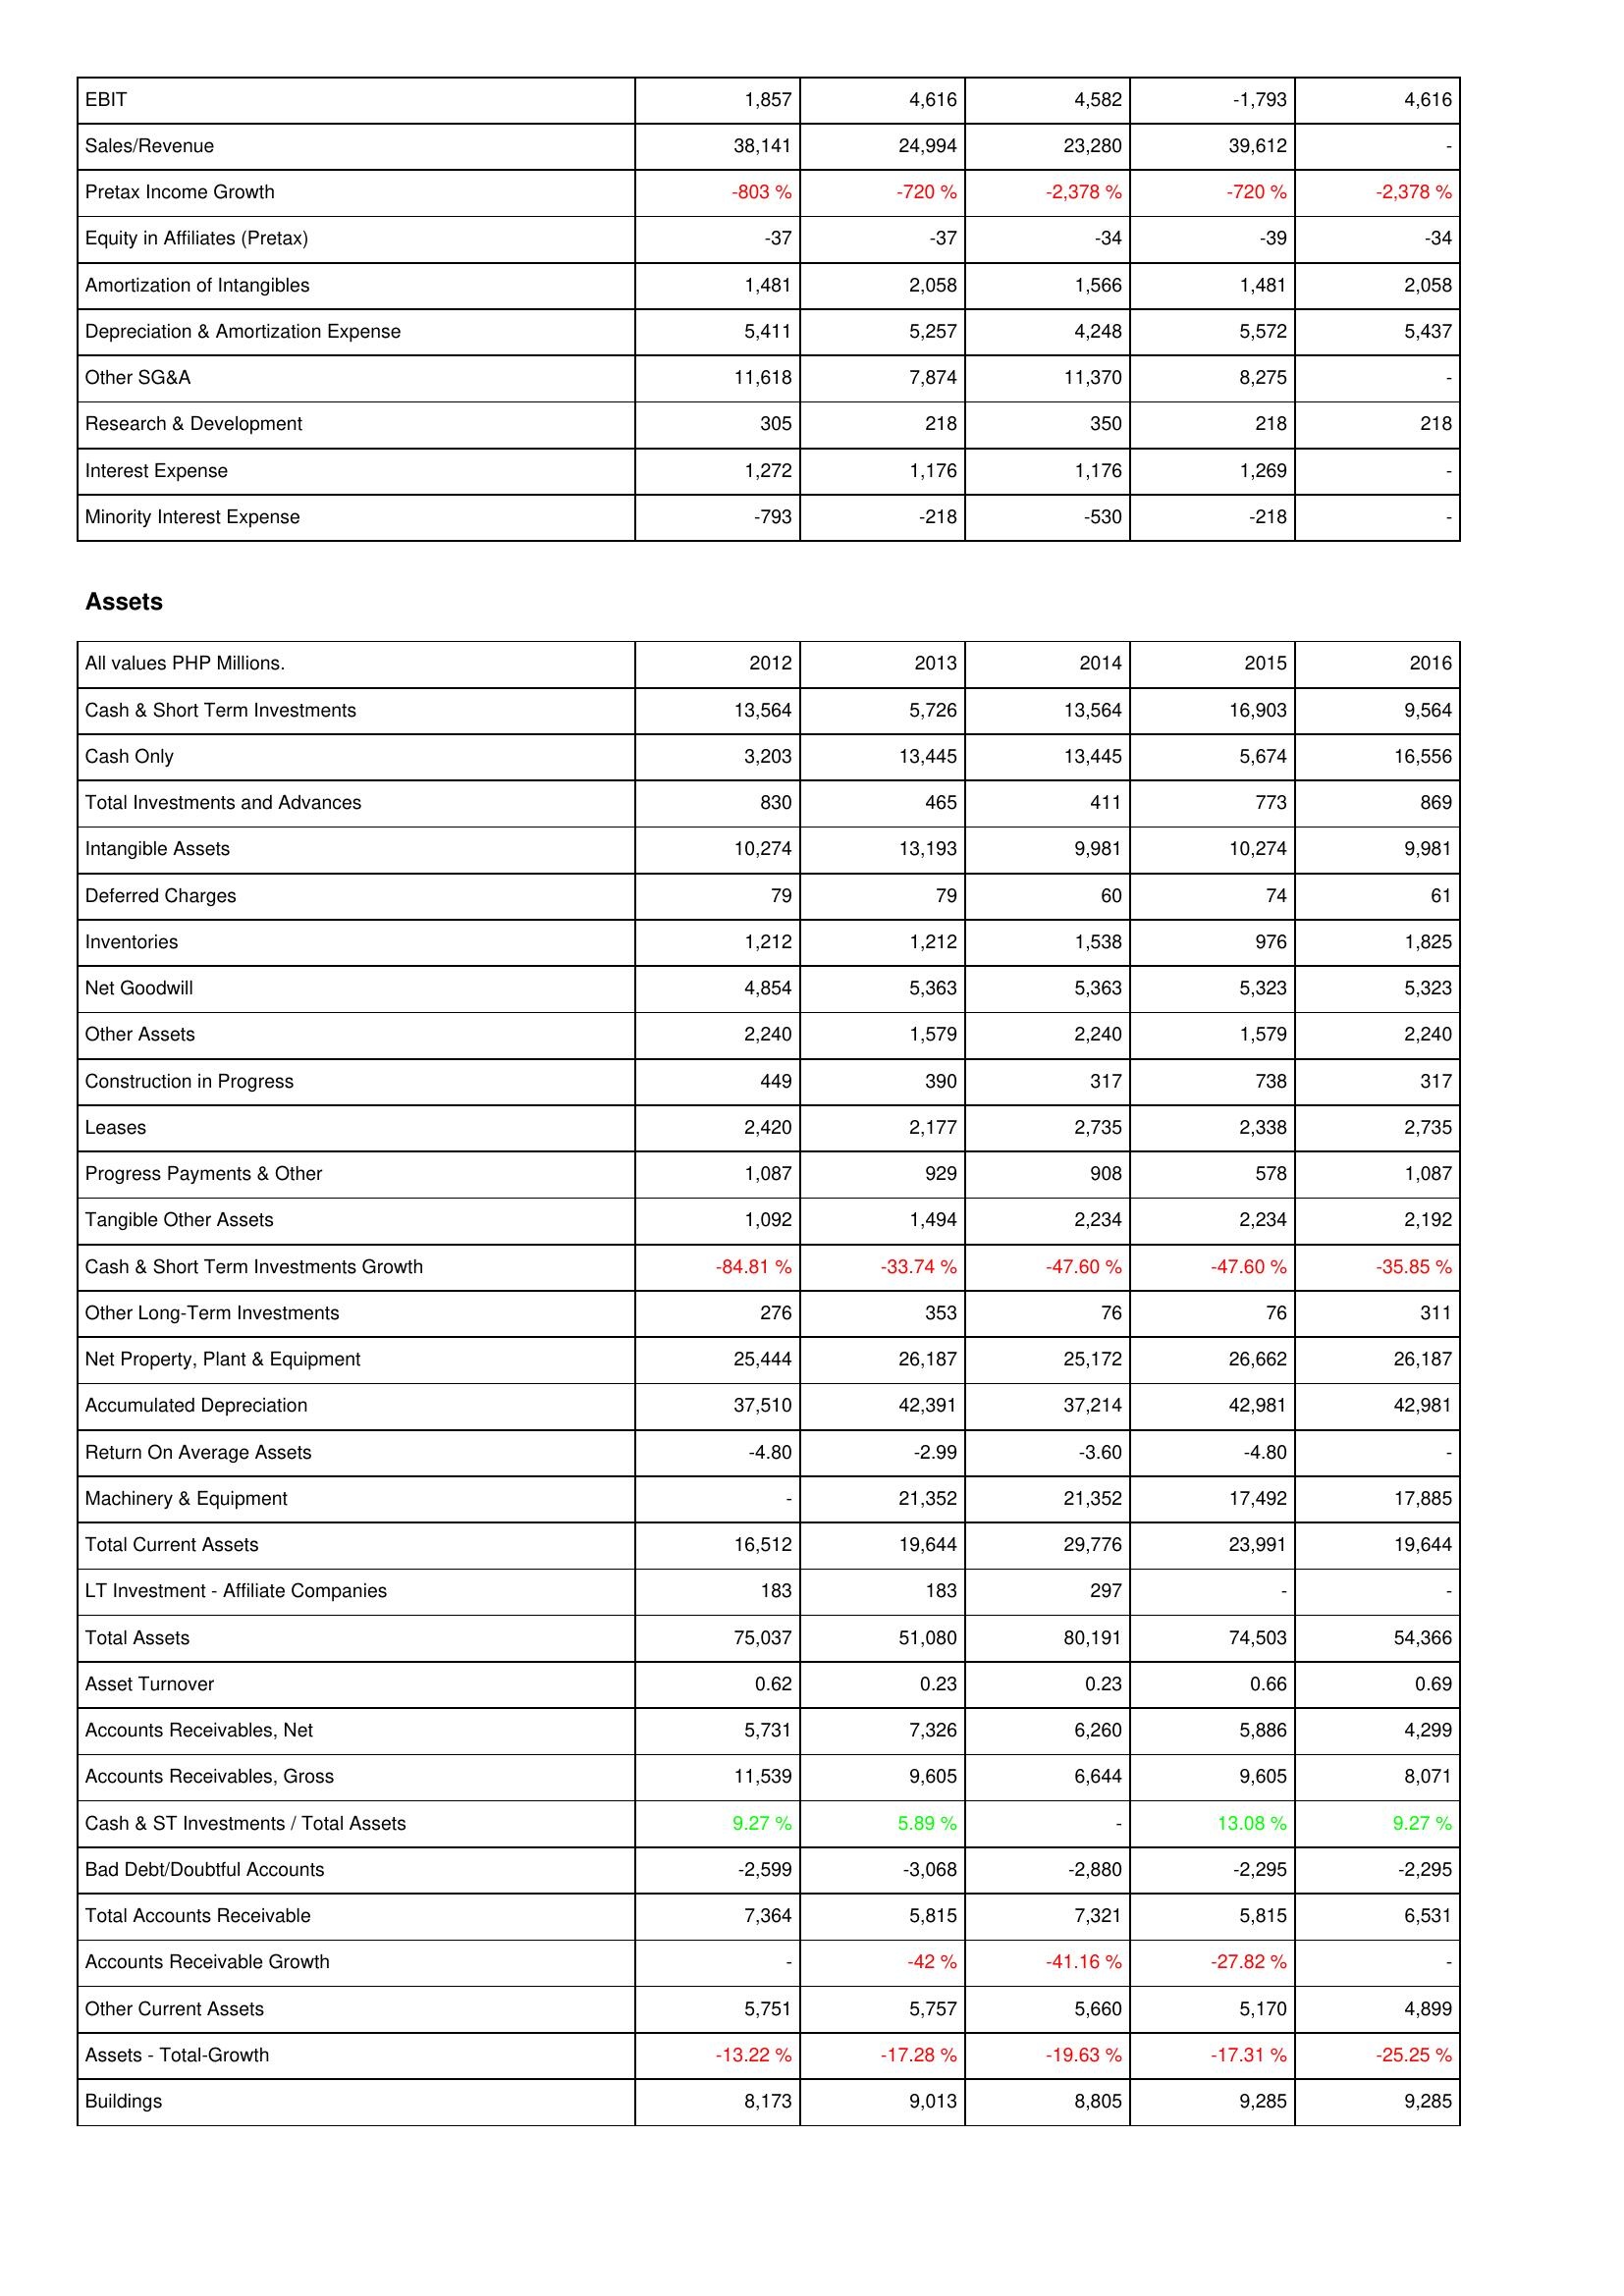
2012: Income Statement: EBIT: 1,857
Sales/Revenue: 38,141
Pretax Income Growth: -803 %
Equity in Affiliates (Pretax): -37
Amortization of Intangibles: 1,481
Depreciation & Amortization Expense: 5,411
Other SG&A: 11,618
Research & Development: 305
Interest Expense: 1,272
Minority Interest Expense: -793
Assets: Cash & Short Term Investments: 13,564
Cash Only: 3,203
Total Investments and Advances: 830
Intangible Assets: 10,274
Deferred Charges: 79
Inventories: 1,212
Net Goodwill: 4,854
Other Assets: 2,240
Construction in Progress: 449
Leases: 2,420
Progress Payments & Other: 1,087
Tangible Other Assets: 1,092
Cash & Short Term Investments Growth: -84.81 %
Other Long-Term Investments: 276
Net Property, Plant & Equipment: 25,444
Accumulated Depreciation: 37,510
Return On Average Assets: -4.80
Machinery & Equipment: -
Total Current Assets: 16,512
LT Investment - Affiliate Companies: 183
Total Assets: 75,037
Asset Turnover: 0.62
Accounts Receivables, Net: 5,731
Accounts Receivables, Gross: 11,539
Cash & ST Investments / Total Assets: 9.27 %
Bad Debt/Doubtful Accounts: -2,599
Total Accounts Receivable: 7,364
Accounts Receivable Growth: -
Other Current Assets: 5,751
Assets - Total-Growth: -13.22 %
Buildings: 8,173
2013: Income Statement: EBIT: 4,616
Sales/Revenue: 24,994
Pretax Income Growth: -720 %
Equity in Affiliates (Pretax): -37
Amortization of Intangibles: 2,058
Depreciation & Amortization Expense: 5,257
Other SG&A: 7,874
Research & Development: 218
Interest Expense: 1,176
Minority Interest Expense: -218
Assets: Cash & Short Term Investments: 5,726
Cash Only: 13,445
Total Investments and Advances: 465
Intangible Assets: 13,193
Deferred Charges: 79
Inventories: 1,212
Net Goodwill: 5,363
Other Assets: 1,579
Construction in Progress: 390
Leases: 2,177
Progress Payments & Other: 929
Tangible Other Assets: 1,494
Cash & Short Term Investments Growth: -33.74 %
Other Long-Term Investments: 353
Net Property, Plant & Equipment: 26,187
Accumulated Depreciation: 42,391
Return On Average Assets: -2.99
Machinery & Equipment: 21,352
Total Current Assets: 19,644
LT Investment - Affiliate Companies: 183
Total Assets: 51,080
Asset Turnover: 0.23
Accounts Receivables, Net: 7,326
Accounts Receivables, Gross: 9,605
Cash & ST Investments / Total Assets: 5.89 %
Bad Debt/Doubtful Accounts: -3,068
Total Accounts Receivable: 5,815
Accounts Receivable Growth: -42 %
Other Current Assets: 5,757
Assets - Total-Growth: -17.28 %
Buildings: 9,013
2014: Income Statement: EBIT: 4,582
Sales/Revenue: 23,280
Pretax Income Growth: -2,378 %
Equity in Affiliates (Pretax): -34
Amortization of Intangibles: 1,566
Depreciation & Amortization Expense: 4,248
Other SG&A: 11,370
Research & Development: 350
Interest Expense: 1,176
Minority Interest Expense: -530
Assets: Cash & Short Term Investments: 13,564
Cash Only: 13,445
Total Investments and Advances: 411
Intangible Assets: 9,981
Deferred Charges: 60
Inventories: 1,538
Net Goodwill: 5,363
Other Assets: 2,240
Construction in Progress: 317
Leases: 2,735
Progress Payments & Other: 908
Tangible Other Assets: 2,234
Cash & Short Term Investments Growth: -47.60 %
Other Long-Term Investments: 76
Net Property, Plant & Equipment: 25,172
Accumulated Depreciation: 37,214
Return On Average Assets: -3.60
Machinery & Equipment: 21,352
Total Current Assets: 29,776
LT Investment - Affiliate Companies: 297
Total Assets: 80,191
Asset Turnover: 0.23
Accounts Receivables, Net: 6,260
Accounts Receivables, Gross: 6,644
Cash & ST Investments / Total Assets: -
Bad Debt/Doubtful Accounts: -2,880
Total Accounts Receivable: 7,321
Accounts Receivable Growth: -41.16 %
Other Current Assets: 5,660
Assets - Total-Growth: -19.63 %
Buildings: 8,805
2015: Income Statement: EBIT: -1,793
Sales/Revenue: 39,612
Pretax Income Growth: -720 %
Equity in Affiliates (Pretax): -39
Amortization of Intangibles: 1,481
Depreciation & Amortization Expense: 5,572
Other SG&A: 8,275
Research & Development: 218
Interest Expense: 1,269
Minority Interest Expense: -218
Assets: Cash & Short Term Investments: 16,903
Cash Only: 5,674
Total Investments and Advances: 773
Intangible Assets: 10,274
Deferred Charges: 74
Inventories: 976
Net Goodwill: 5,323
Other Assets: 1,579
Construction in Progress: 738
Leases: 2,338
Progress Payments & Other: 578
Tangible Other Assets: 2,234
Cash & Short Term Investments Growth: -47.60 %
Other Long-Term Investments: 76
Net Property, Plant & Equipment: 26,662
Accumulated Depreciation: 42,981
Return On Average Assets: -4.80
Machinery & Equipment: 17,492
Total Current Assets: 23,991
LT Investment - Affiliate Companies: -
Total Assets: 74,503
Asset Turnover: 0.66
Accounts Receivables, Net: 5,886
Accounts Receivables, Gross: 9,605
Cash & ST Investments / Total Assets: 13.08 %
Bad Debt/Doubtful Accounts: -2,295
Total Accounts Receivable: 5,815
Accounts Receivable Growth: -27.82 %
Other Current Assets: 5,170
Assets - Total-Growth: -17.31 %
Buildings: 9,285
2016: Income Statement: EBIT: 4,616
Sales/Revenue: -
Pretax Income Growth: -2,378 %
Equity in Affiliates (Pretax): -34
Amortization of Intangibles: 2,058
Depreciation & Amortization Expense: 5,437
Other SG&A: -
Research & Development: 218
Interest Expense: -
Minority Interest Expense: -
Assets: Cash & Short Term Investments: 9,564
Cash Only: 16,556
Total Investments and Advances: 869
Intangible Assets: 9,981
Deferred Charges: 61
Inventories: 1,825
Net Goodwill: 5,323
Other Assets: 2,240
Construction in Progress: 317
Leases: 2,735
Progress Payments & Other: 1,087
Tangible Other Assets: 2,192
Cash & Short Term Investments Growth: -35.85 %
Other Long-Term Investments: 311
Net Property, Plant & Equipment: 26,187
Accumulated Depreciation: 42,981
Return On Average Assets: -
Machinery & Equipment: 17,885
Total Current Assets: 19,644
LT Investment - Affiliate Companies: -
Total Assets: 54,366
Asset Turnover: 0.69
Accounts Receivables, Net: 4,299
Accounts Receivables, Gross: 8,071
Cash & ST Investments / Total Assets: 9.27 %
Bad Debt/Doubtful Accounts: -2,295
Total Accounts Receivable: 6,531
Accounts Receivable Growth: -
Other Current Assets: 4,899
Assets - Total-Growth: -25.25 %
Buildings: 9,285